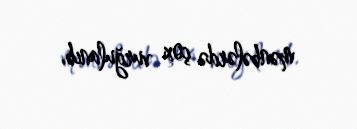
mənbələrdə çox vurğulanıb.